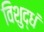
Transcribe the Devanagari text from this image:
विशुद्धं